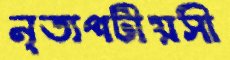
নৃত্যপটীয়সী